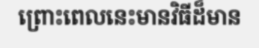
ព្រោះពេលនេះមានវិធីដ៏មាន